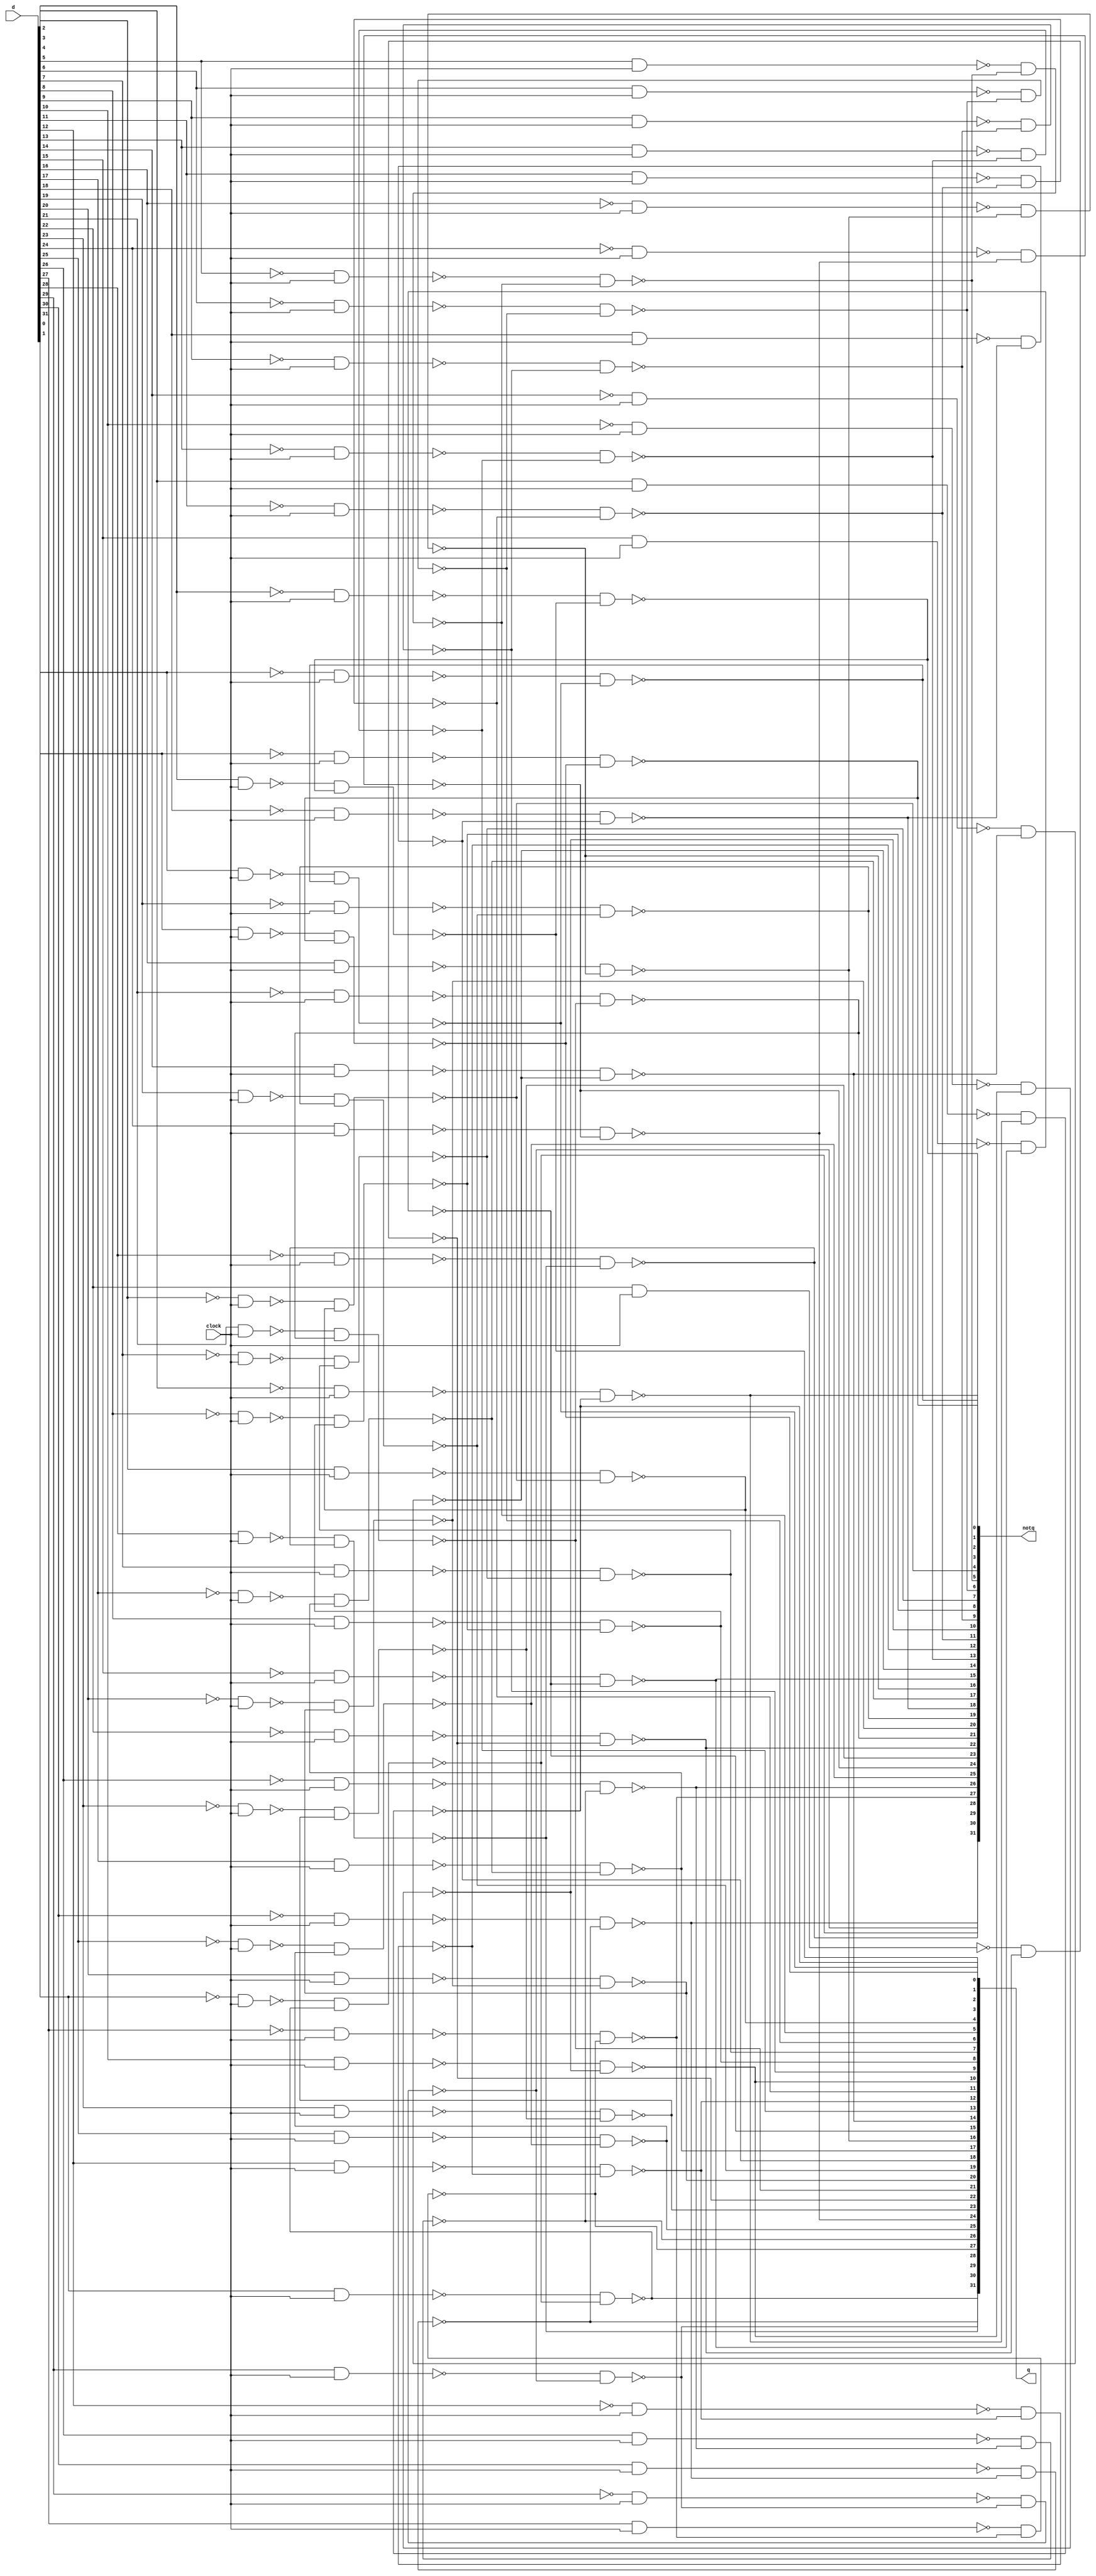
module dlatch(d,clock,q,notq);
    input [31:0] d;
    input clock;
    output [31:0] q,notq;

    wire [31:0] aNA1,aNA2;

    nand n1_0(aNA1[0],d[0],clock);
    nand n1_1(aNA1[1],d[1],clock);
    nand n1_2(aNA1[2],d[2],clock);
    nand n1_3(aNA1[3],d[3],clock);
    nand n1_4(aNA1[4],d[4],clock);
    nand n1_5(aNA1[5],d[5],clock);
    nand n1_6(aNA1[6],d[6],clock);
    nand n1_7(aNA1[7],d[7],clock);
    nand n1_8(aNA1[8],d[8],clock);
    nand n1_9(aNA1[9],d[9],clock);
    nand n1_10(aNA1[10],d[10],clock);
    nand n1_11(aNA1[11],d[11],clock);
    nand n1_12(aNA1[12],d[12],clock);
    nand n1_13(aNA1[13],d[13],clock);
    nand n1_14(aNA1[14],d[14],clock);
    nand n1_15(aNA1[15],d[15],clock);
    nand n1_16(aNA1[16],d[16],clock);
    nand n1_17(aNA1[17],d[17],clock);
    nand n1_18(aNA1[18],d[18],clock);
    nand n1_19(aNA1[19],d[19],clock);
    nand n1_20(aNA1[20],d[20],clock);
    nand n1_21(aNA1[21],d[21],clock);
    nand n1_22(aNA1[22],d[22],clock);
    nand n1_23(aNA1[23],d[23],clock);
    nand n1_24(aNA1[24],d[24],clock);
    nand n1_25(aNA1[25],d[25],clock);
    nand n1_26(aNA1[26],d[26],clock);
    nand n1_27(aNA1[27],d[27],clock);
    nand n1_28(aNA1[28],d[28],clock);
    nand n1_29(aNA1[29],d[29],clock);
    nand n1_30(aNA1[30],d[30],clock);
    nand n1_31(aNA1[31],d[31],clock);

    nand n2_0(aNA2[0],~d[0],clock);
    nand n2_1(aNA2[1],~d[1],clock);
    nand n2_2(aNA2[2],~d[2],clock);
    nand n2_3(aNA2[3],~d[3],clock);
    nand n2_4(aNA2[4],~d[4],clock);
    nand n2_5(aNA2[5],~d[5],clock);
    nand n2_6(aNA2[6],~d[6],clock);
    nand n2_7(aNA2[7],~d[7],clock);
    nand n2_8(aNA2[8],~d[8],clock);
    nand n2_9(aNA2[9],~d[9],clock);
    nand n2_10(aNA2[10],~d[10],clock);
    nand n2_11(aNA2[11],~d[11],clock);
    nand n2_12(aNA2[12],~d[12],clock);
    nand n2_13(aNA2[13],~d[13],clock);
    nand n2_14(aNA2[14],~d[14],clock);
    nand n2_15(aNA2[15],~d[15],clock);
    nand n2_16(aNA2[16],~d[16],clock);
    nand n2_17(aNA2[17],~d[17],clock);
    nand n2_18(aNA2[18],~d[18],clock);
    nand n2_19(aNA2[19],~d[19],clock);
    nand n2_20(aNA2[20],~d[20],clock);
    nand n2_21(aNA2[21],~d[21],clock);
    nand n2_22(aNA2[22],~d[22],clock);
    nand n2_23(aNA2[23],~d[23],clock);
    nand n2_24(aNA2[24],~d[24],clock);
    nand n2_25(aNA2[25],~d[25],clock);
    nand n2_26(aNA2[26],~d[26],clock);
    nand n2_27(aNA2[27],~d[27],clock);
    nand n2_28(aNA2[28],~d[28],clock);
    nand n2_29(aNA2[29],~d[29],clock);
    nand n2_30(aNA2[30],~d[30],clock);
    nand n2_31(aNA2[31],~d[31],clock);

    wire [31:0] aNA3,aNA4;

    nand n3_0(aNA3[0],aNA1[0],aNA4[0]);
    nand n3_1(aNA3[1],aNA1[1],aNA4[1]);
    nand n3_2(aNA3[2],aNA1[2],aNA4[2]);
    nand n3_3(aNA3[3],aNA1[3],aNA4[3]);
    nand n3_4(aNA3[4],aNA1[4],aNA4[4]);
    nand n3_5(aNA3[5],aNA1[5],aNA4[5]);
    nand n3_6(aNA3[6],aNA1[6],aNA4[6]);
    nand n3_7(aNA3[7],aNA1[7],aNA4[7]);
    nand n3_8(aNA3[8],aNA1[8],aNA4[8]);
    nand n3_9(aNA3[9],aNA1[9],aNA4[9]);
    nand n3_10(aNA3[10],aNA1[10],aNA4[10]);
    nand n3_11(aNA3[11],aNA1[11],aNA4[11]);
    nand n3_12(aNA3[12],aNA1[12],aNA4[12]);
    nand n3_13(aNA3[13],aNA1[13],aNA4[13]);
    nand n3_14(aNA3[14],aNA1[14],aNA4[14]);
    nand n3_15(aNA3[15],aNA1[15],aNA4[15]);
    nand n3_16(aNA3[16],aNA1[16],aNA4[16]);
    nand n3_17(aNA3[17],aNA1[17],aNA4[17]);
    nand n3_18(aNA3[18],aNA1[18],aNA4[18]);
    nand n3_19(aNA3[19],aNA1[19],aNA4[19]);
    nand n3_20(aNA3[20],aNA1[20],aNA4[20]);
    nand n3_21(aNA3[21],aNA1[21],aNA4[21]);
    nand n3_22(aNA3[22],aNA1[22],aNA4[22]);
    nand n3_23(aNA3[23],aNA1[23],aNA4[23]);
    nand n3_24(aNA3[24],aNA1[24],aNA4[24]);
    nand n3_25(aNA3[25],aNA1[25],aNA4[25]);
    nand n3_26(aNA3[26],aNA1[26],aNA4[26]);
    nand n3_27(aNA3[27],aNA1[27],aNA4[27]);
    nand n3_28(aNA3[28],aNA1[28],aNA4[28]);
    nand n3_29(aNA3[29],aNA1[29],aNA4[29]);
    nand n3_30(aNA3[30],aNA1[30],aNA4[30]);
    nand n3_31(aNA3[31],aNA1[31],aNA4[31]);

    nand n4_0(aNA4[0],aNA2[0],aNA3[0]);
    nand n4_1(aNA4[1],aNA2[1],aNA3[1]);
    nand n4_2(aNA4[2],aNA2[2],aNA3[2]);
    nand n4_3(aNA4[3],aNA2[3],aNA3[3]);
    nand n4_4(aNA4[4],aNA2[4],aNA3[4]);
    nand n4_5(aNA4[5],aNA2[5],aNA3[5]);
    nand n4_6(aNA4[6],aNA2[6],aNA3[6]);
    nand n4_7(aNA4[7],aNA2[7],aNA3[7]);
    nand n4_8(aNA4[8],aNA2[8],aNA3[8]);
    nand n4_9(aNA4[9],aNA2[9],aNA3[9]);
    nand n4_10(aNA4[10],aNA2[10],aNA3[10]);
    nand n4_11(aNA4[11],aNA2[11],aNA3[11]);
    nand n4_12(aNA4[12],aNA2[12],aNA3[12]);
    nand n4_13(aNA4[13],aNA2[13],aNA3[13]);
    nand n4_14(aNA4[14],aNA2[14],aNA3[14]);
    nand n4_15(aNA4[15],aNA2[15],aNA3[15]);
    nand n4_16(aNA4[16],aNA2[16],aNA3[16]);
    nand n4_17(aNA4[17],aNA2[17],aNA3[17]);
    nand n4_18(aNA4[18],aNA2[18],aNA3[18]);
    nand n4_19(aNA4[19],aNA2[19],aNA3[19]);
    nand n4_20(aNA4[20],aNA2[20],aNA3[20]);
    nand n4_21(aNA4[21],aNA2[21],aNA3[21]);
    nand n4_22(aNA4[22],aNA2[22],aNA3[22]);
    nand n4_23(aNA4[23],aNA2[23],aNA3[23]);
    nand n4_24(aNA4[24],aNA2[24],aNA3[24]);
    nand n4_25(aNA4[25],aNA2[25],aNA3[25]);
    nand n4_26(aNA4[26],aNA2[26],aNA3[26]);
    nand n4_27(aNA4[27],aNA2[27],aNA3[27]);
    nand n4_28(aNA4[28],aNA2[28],aNA3[28]);
    nand n4_29(aNA4[29],aNA2[29],aNA3[29]);
    nand n4_30(aNA4[30],aNA2[30],aNA3[30]);
    nand n4_31(aNA4[31],aNA2[31],aNA3[31]);

    assign q = aNA3;
    assign notq = aNA4;






endmodule